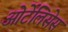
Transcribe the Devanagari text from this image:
ओर्टेलिसेस